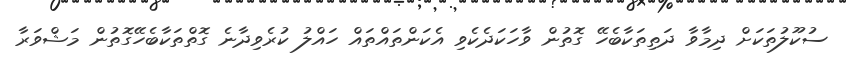
ސުކޫލުތަކަށް ދިމާވާ ދަތިތަކާބެހޭ ގޮތުން ވާހަކަދެކެވި އެކަންތައްތައް ހައްލު ކުރެވިދާނެ ގޮތްތަކާބެހޭގޮތުން މަޝްވަރާ